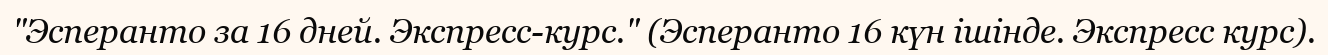
"Эсперанто за 16 дней. Экспресс-курс." (Эсперанто 16 күн ішінде. Экспресс курс).